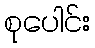
စုပေါင်း